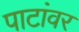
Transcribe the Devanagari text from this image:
पाटांवर